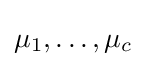
\mu _{1},\ldots ,\mu _{c}